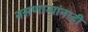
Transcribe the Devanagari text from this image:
नसणार्‍यांनाही